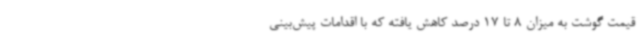
قیمت گوشت به میزان 8 تا 17 درصد کاهش یافته که با اقدامات پیش‌بینی